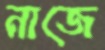
নাজে